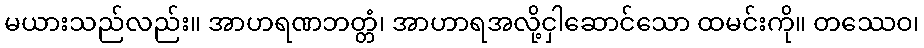
မယားသည်လည်း။ အာဟရဏဘတ္တံ၊ အာဟာရအလို့ငှါဆောင်သော ထမင်းကို။ တဿေဝ၊